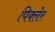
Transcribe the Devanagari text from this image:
पिक्लेर